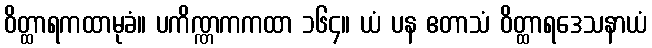
ဝိတ္ထာရကထာမုခံ။ ပကိဏ္ဏကကထာ ၁၆၄။ ယံ ပန ဧတာသံ ဝိတ္ထာရဒေသနာယံ